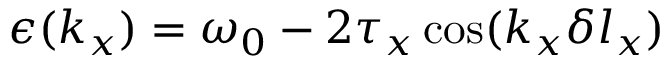
\epsilon ( k _ { x } ) = \omega _ { 0 } - 2 \tau _ { x } \cos ( k _ { x } \delta l _ { x } )